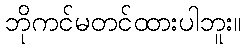
ဘိုကင်မတင်ထားပါဘူး။